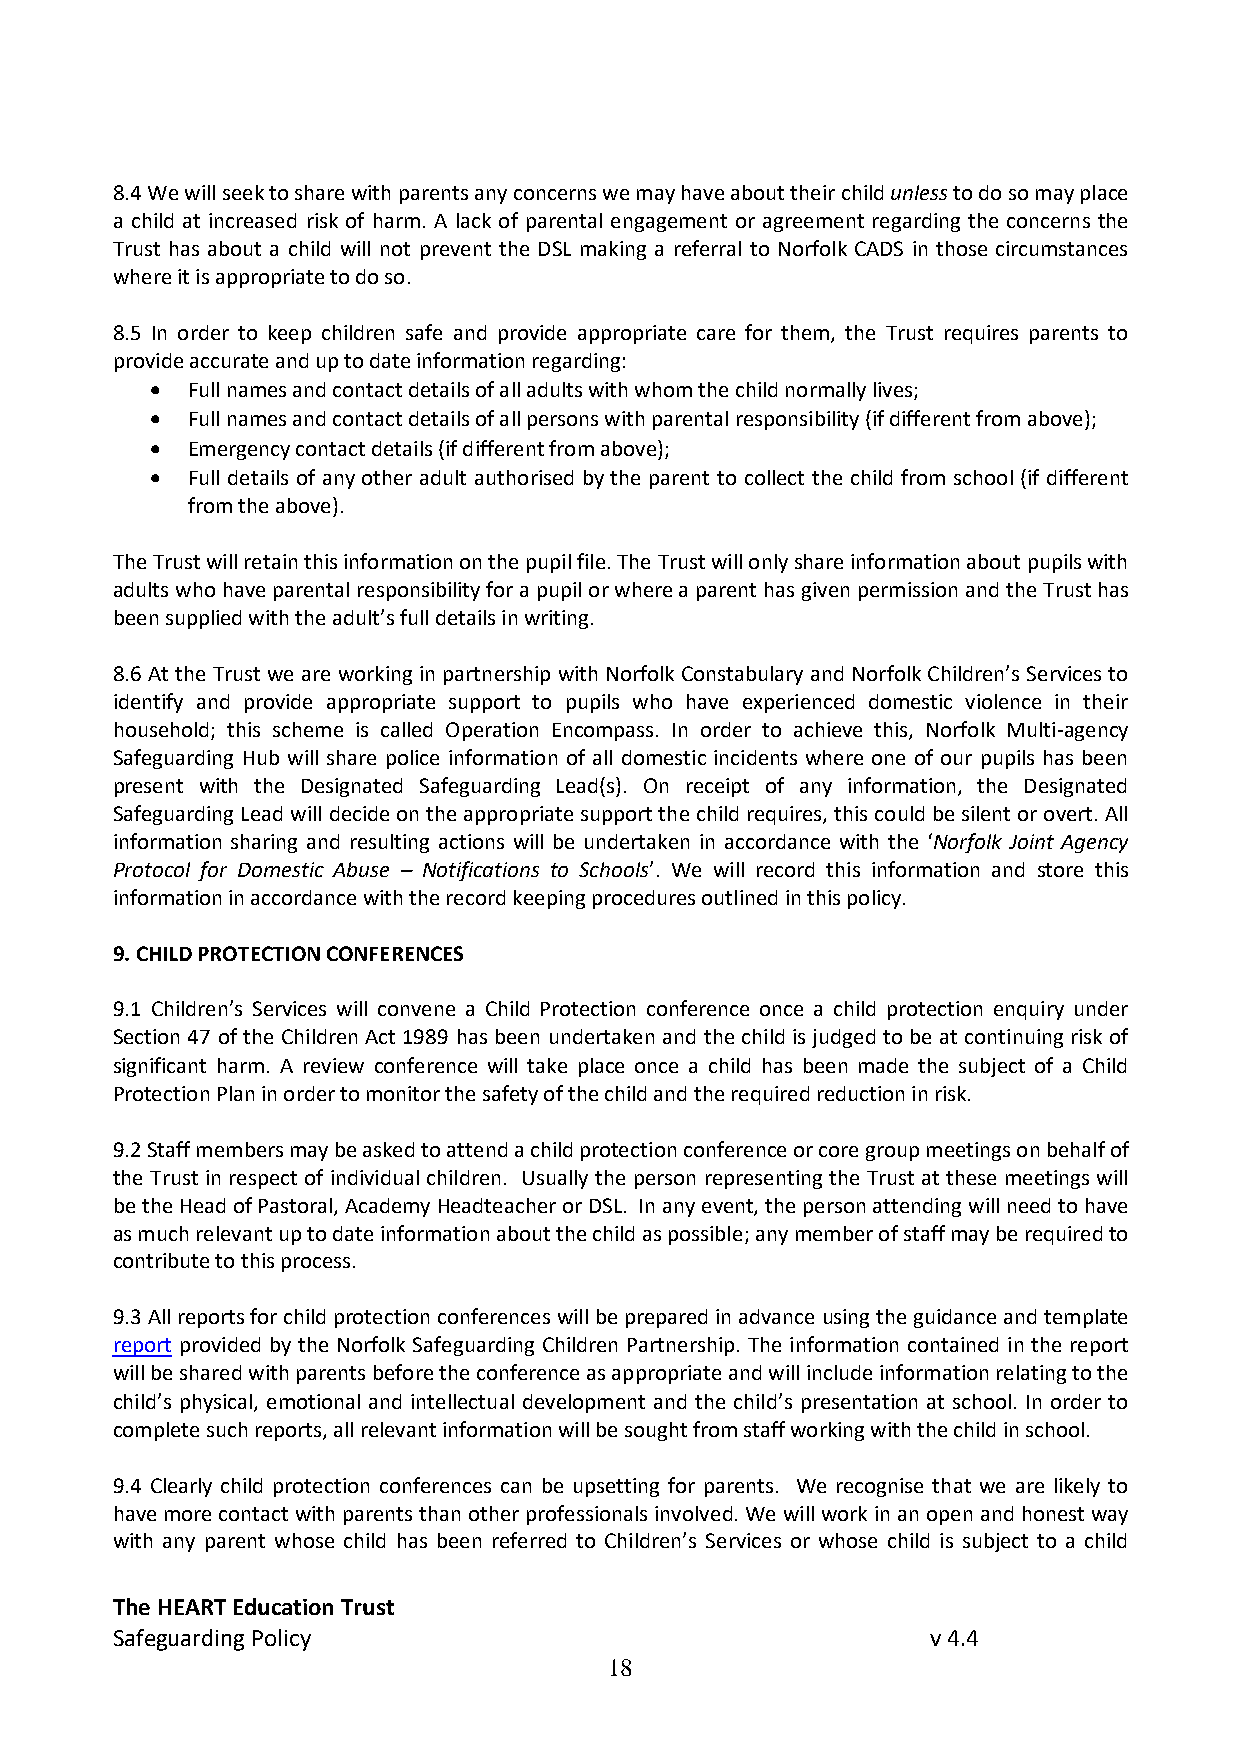
8.4 We will seek to share with parents any concerns we may have about their child unless to do so may place
 a child at increased risk of harm. A lack of parental engagement or agreement regarding the concerns the
 Trust has about a child will not prevent the DSL making a referral to Norfolk CADS in those circumstances
 where it is appropriate to do so.
 8.5 In order to keep children safe and provide appropriate care for them, the Trust requires parents to
 provide accurate and up to date information regarding:
 • Full names and contact details of all adults with whom the child normally lives;
 • Full names and contact details of all persons with parental responsibility (if different from above);
 • Emergency contact details (if different from above);
 • Full details of any other adult authorised by the parent to collect the child from school (if different
 from the above).
 The Trust will retain this information on the pupil file. The Trust will only share information about pupils with
 adults who have parental responsibility for a pupil or where a parent has given permission and the Trust has
 been supplied with the adult’s full details in writing.
 8.6 At the Trust we are working in partnership with Norfolk Constabulary and Norfolk Children’s Services to
 identify and provide appropriate support to pupils who have experienced domestic violence in their
 household; this scheme is called Operation Encompass. In order to achieve this, Norfolk Multi-agency
 Safeguarding Hub will share police information of all domestic incidents where one of our pupils has been
 present with the Designated Safeguarding Lead(s). On receipt of any information, the Designated
 Safeguarding Lead will decide on the appropriate support the child requires, this could be silent or overt. All
 information sharing and resulting actions will be undertaken in accordance with the ‘Norfolk Joint Agency
 Protocol for Domestic Abuse – Notifications to Schools’. We will record this information and store this
 information in accordance with the record keeping procedures outlined in this policy.
 9. CHILD PROTECTION CONFERENCES
 9.1 Children’s Services will convene a Child Protection conference once a child protection enquiry under
 Section 47 of the Children Act 1989 has been undertaken and the child is judged to be at continuing risk of
 significant harm. A review conference will take place once a child has been made the subject of a Child
 Protection Plan in order to monitor the safety of the child and the required reduction in risk.
 9.2 Staff members may be asked to attend a child protection conference or core group meetings on behalf of
 the Trust in respect of individual children. Usually the person representing the Trust at these meetings will
 be the Head of Pastoral, Academy Headteacher or DSL. In any event, the person attending will need to have
 as much relevant up to date information about the child as possible; any member of staff may be required to
 contribute to this process.
 9.3 All reports for child protection conferences will be prepared in advance using the guidance and template
 report provided by the Norfolk Safeguarding Children Partnership. The information contained in the report
 will be shared with parents before the conference as appropriate and will include information relating to the
 child’s physical, emotional and intellectual development and the child’s presentation at school. In order to
 complete such reports, all relevant information will be sought from staff working with the child in school.
 9.4 Clearly child protection conferences can be upsetting for parents. We recognise that we are likely to
 have more contact with parents than other professionals involved. We will work in an open and honest way
 with any parent whose child has been referred to Children’s Services or whose child is subject to a child
 The HEART Education Trust
 Safeguarding Policy                                    v 4.4
 18